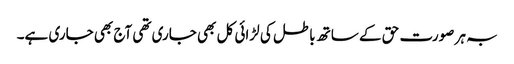
بہ ہر صورت حق کے ساتھ باطل کی لڑائی کل بھی جاری تھی آج بھی جاری ہے۔